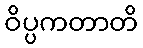
ဝိပ္ပကတာတိ